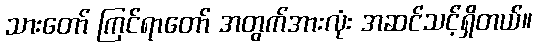
သားတော် ကြင်ရာတော် အတွက်အားလုံး အဆင်သင့်ရှိတယ်။